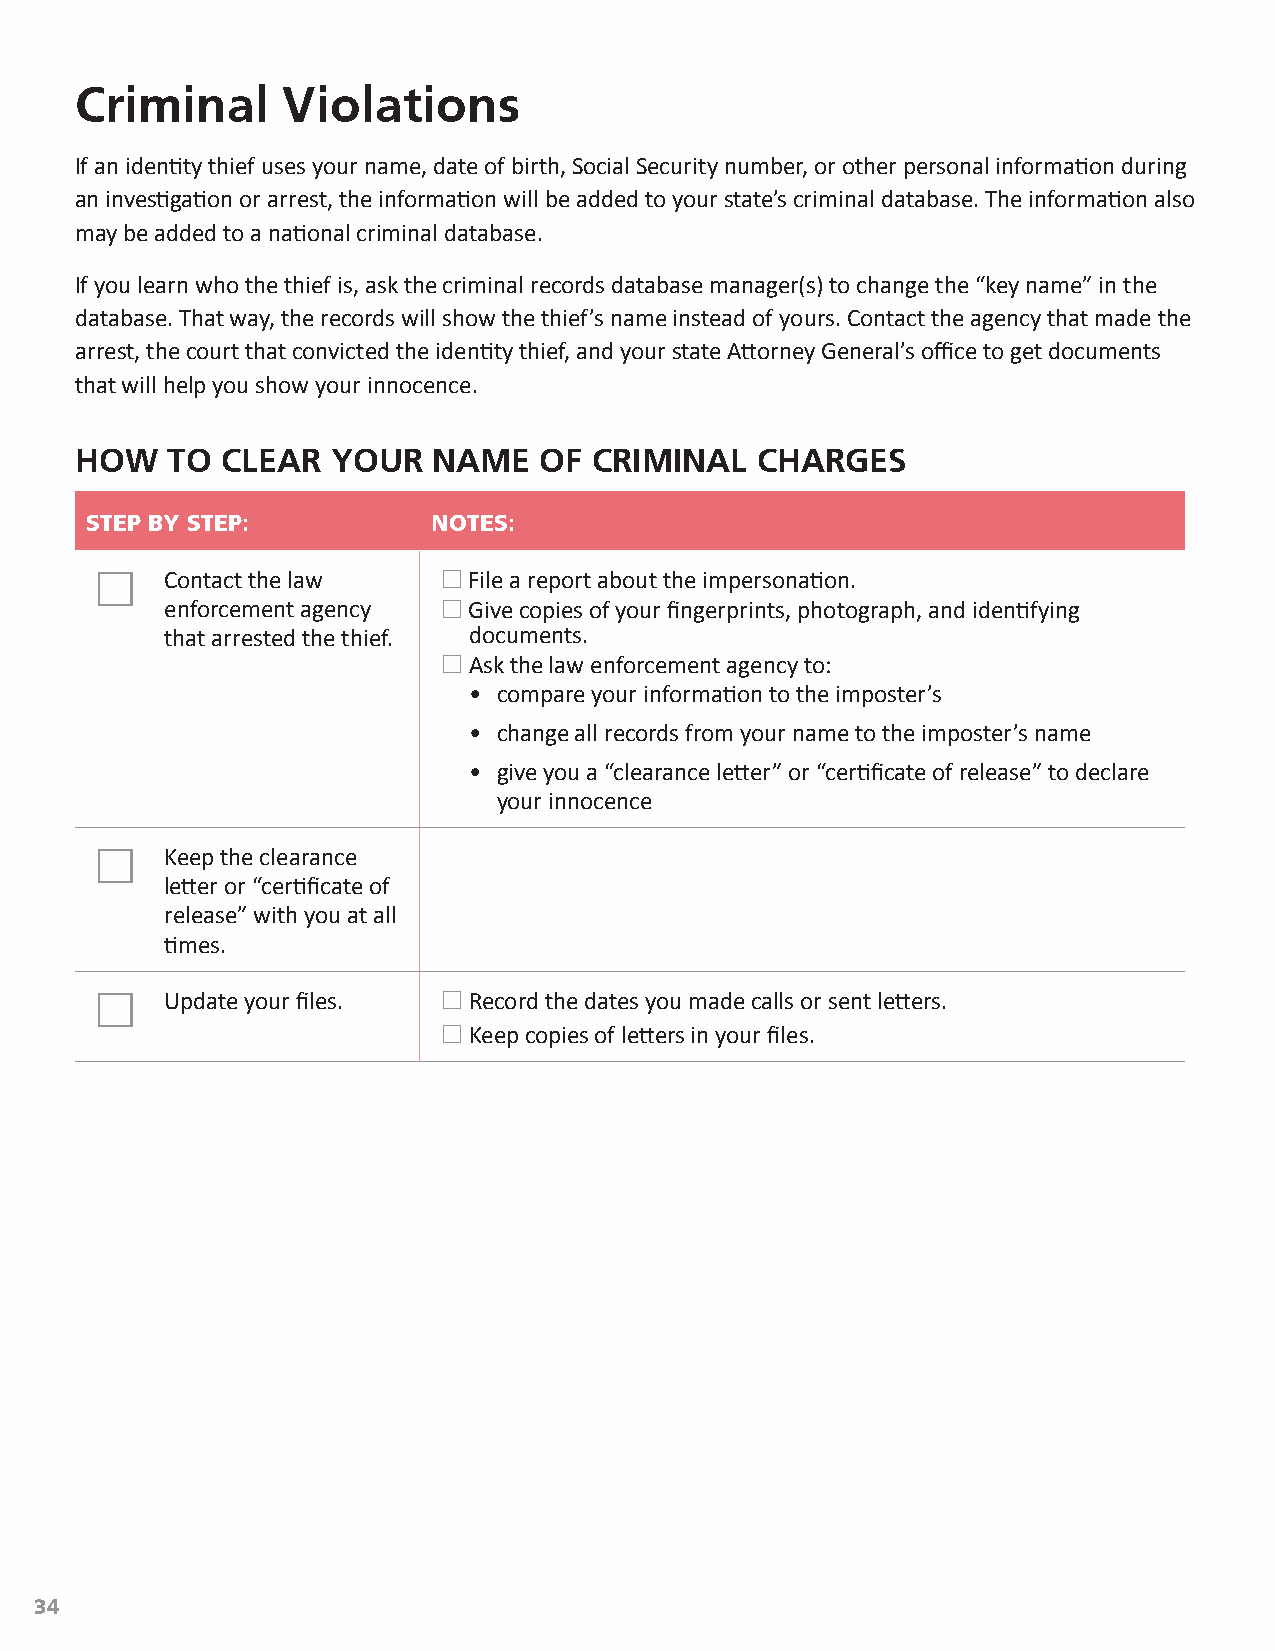
Criminal      Violations
 If an identity thief uses your name, date of birth, Social Security number, or other personal information during
 an investigation or arrest, the information will be added to your state’s criminal database. The information also
 may be added to a national criminal database.
 If you learn who the thief is, ask the criminal records database manager(s) to change the “key name” in the
 database. That way, the records will show the thief’s name instead of yours. Contact the agency that made the
 arrest, the court that convicted the identity thief, and your state Attorney General’s office to get documents
 that will help you show your innocence.
 HOW   TO  CLEAR  YOUR   NAME   OF CRIMINAL   CHARGES
 STEP BY STEP:          NOTES:
     Contact the law    File a report about the impersonation.
 enforcement agency  Give copies of your fingerprints, photograph, and identifying
 that arrested the thief. documents.
  Ask the law enforcement agency to:
 • compare your information to the imposter’s
 • change all records from your name to the imposter’s name
 • give you a “clearance letter” or “certificate of release” to declare
 your innocence
     Keep the clearance
 letter or “certificate of
 release” with you at all
 times.
     Update your files.  Record the dates you made calls or sent letters.
  Keep copies of letters in your files.
 34